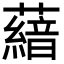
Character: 𮒨